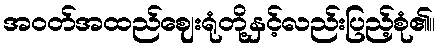
အဝတ်အထည်ဈေးရုံတို့နှင့်လည်းပြည့်စုံ၏။